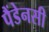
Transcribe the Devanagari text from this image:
पैंडेनसी